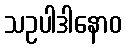
သဥပါဒါနောဝ